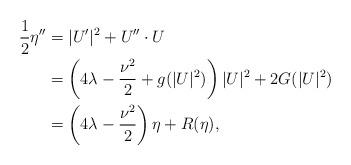
LaTeX: \begin{align*}\frac12\eta'' &= |U'|^2 + U''\cdot U \\&= \left(4\lambda - \frac{\nu^2}{ 2} + g(|U|^2)\right)|U|^2 + 2G(|U|^2) \\&= \left(4\lambda - \frac{\nu^2}{ 2}\right) \eta + R(\eta),\end{align*}